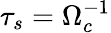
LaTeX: \tau_{s}=\Omega_{c}^{-1}